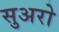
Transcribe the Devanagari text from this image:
सुअरो